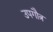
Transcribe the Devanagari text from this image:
उपगौत्र